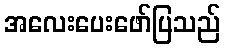
အလေးပေးဖော်ပြသည်